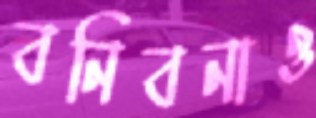
বনিবনাও